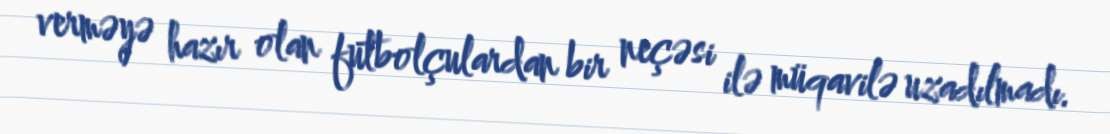
verməyə hazır olan futbolçulardan bir neçəsi ilə müqavilə uzadılmadı.